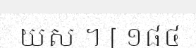
យស ។ [ ១៨៤